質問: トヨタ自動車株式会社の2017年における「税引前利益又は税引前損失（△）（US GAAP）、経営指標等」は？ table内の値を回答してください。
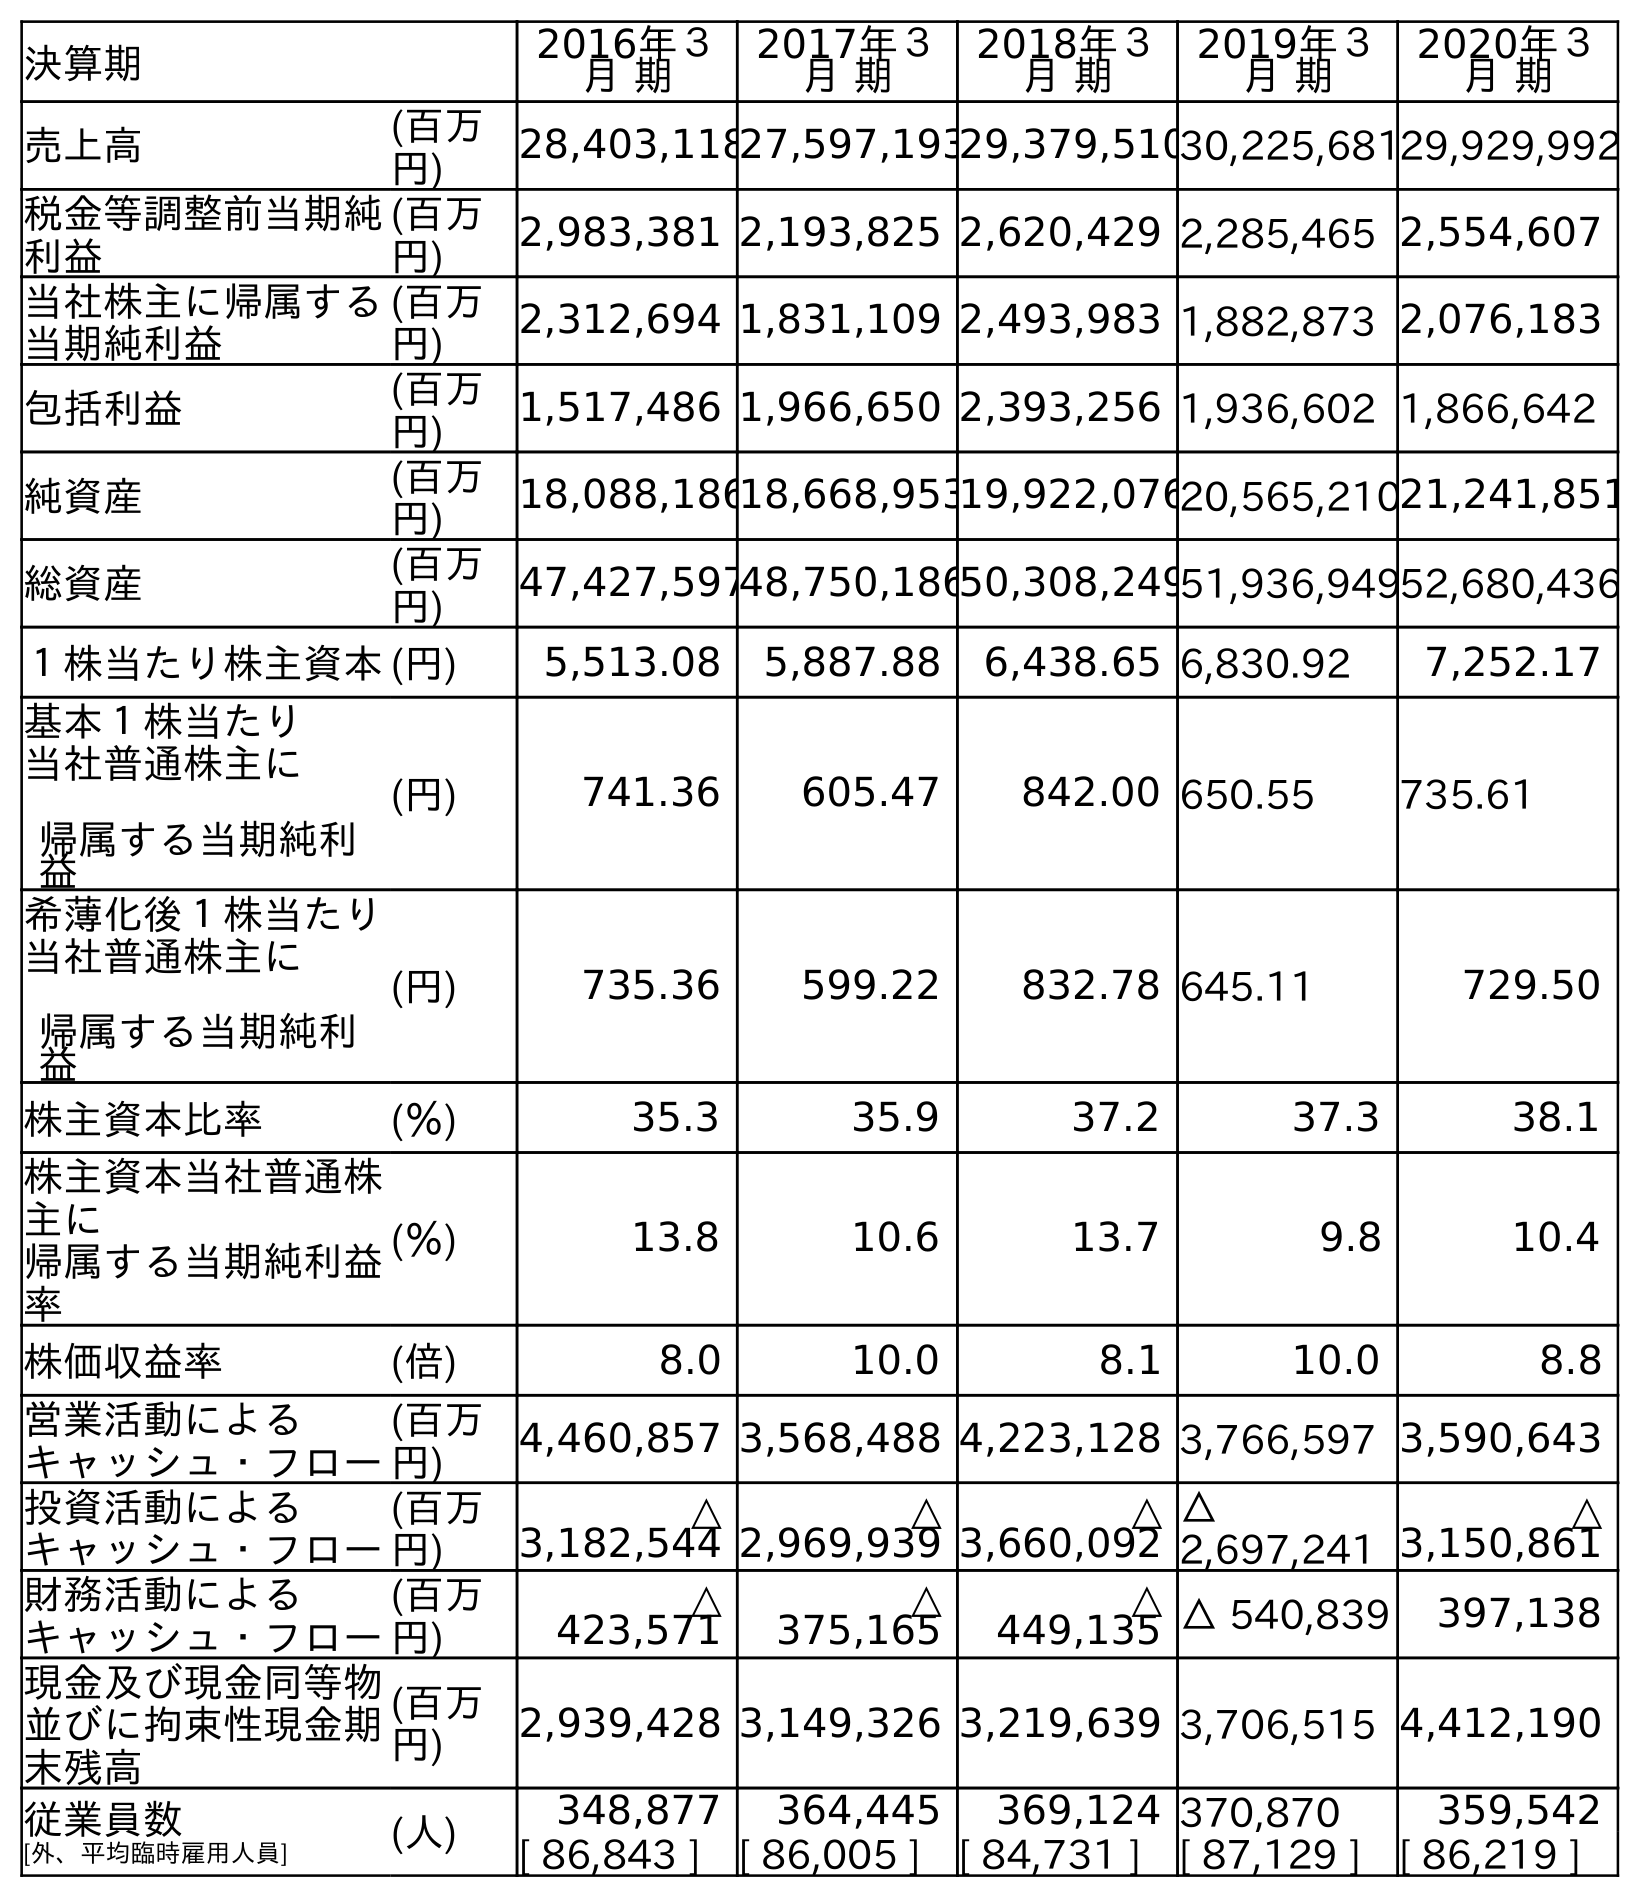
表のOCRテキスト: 決算期 2016年３ 月 期 2017年３ 月 期 2018年３ 月 期 2019年３ 月 期 2020年３ 月 期 売上高 (百万 円) 28,403,11827,597,19329,379,51030,225,68129,929,992 税金等調整前当期純 利益 (百万 円) 2,983,381 2,193,825 2,620,429 2,285,465 2,554,607 当社株主に帰属する 当期純利益 (百万 円) 2,312,694 1,831,109 2,493,983 1,882,873 2,076,183 包括利益 (百万 円) 1,517,486 1,966,650 2,393,256 1,936,602 1,866,642 純資産 (百万 円) 18,088,18618,668,95319,922,07620,565,21021,241,851 総資産 (百万 円) 47,427,59748,750,18650,308,24951,936,94952,680,436 １株当たり株主資本(円) 5,513.08 5,887.88 6,438.65 6,830.92 7,252.17 基本１株当たり 当社普通株主に 帰属する当期純利 益 (円) 741.36 605.47 842.00 650.55 735.61 希薄化後１株当たり 当社普通株主に 帰属する当期純利 益 (円) 735.36 599.22 832.78 645.11 729.50 株主資本比率 (％) 35.3 35.9 37.2 37.3 38.1 株主資本当社普通株 主に 帰属する当期純利益 率 (％) 13.8 10.6 13.7 9.8 10.4 株価収益率 (倍) 8.0 10.0 8.1 10.0 8.8 営業活動による キャッシュ・フロー (百万 円) 4,460,857 3,568,488 4,223,128 3,766,597 3,590,643 投資活動による キャッシュ・フロー (百万 円) △ 3,182,544 △ 2,969,939 △ 3,660,092 △ 2,697,241 △ 3,150,861 財務活動による キャッシュ・フロー (百万 円) △ 423,571 △ 375,165 △ 449,135 △ 540,839 397,138 現金及び現金同等物 並びに拘束性現金期 末残高 (百万 円) 2,939,428 3,149,326 3,219,639 3,706,515 4,412,190 従業員数 [外、平均臨時雇用人員] (人) 348,877 364,445 369,124 370,870 359,542 [ 86,843 ] [ 86,005 ] [ 84,731 ] [ 87,129 ] [ 86,219 ]
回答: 2,193,825